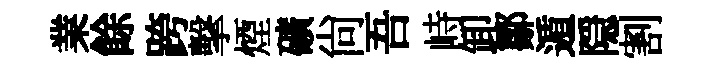
業餘跨擊煙礦尚吾峙卸鄒遁隠割